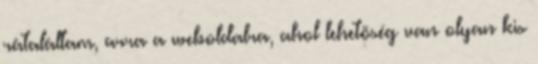
rátaláltam, arra a weboldalra, ahol lehetõség van olyan kis